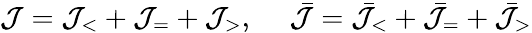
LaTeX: {\cal J}={\cal J}_{<}+{\cal J}_{=}+{\cal J}_{>},~~~~~\bar{\cal J}=\bar{\cal J}_{<}+\bar{\cal J}_{=}+\bar{\cal J}_{>}